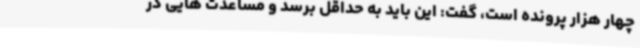
چهار هزار پرونده است، گفت: این باید به حداقل برسد و مساعدت هایی در